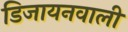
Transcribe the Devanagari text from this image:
डिजायनवाली